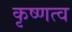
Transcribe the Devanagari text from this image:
कृष्णत्व